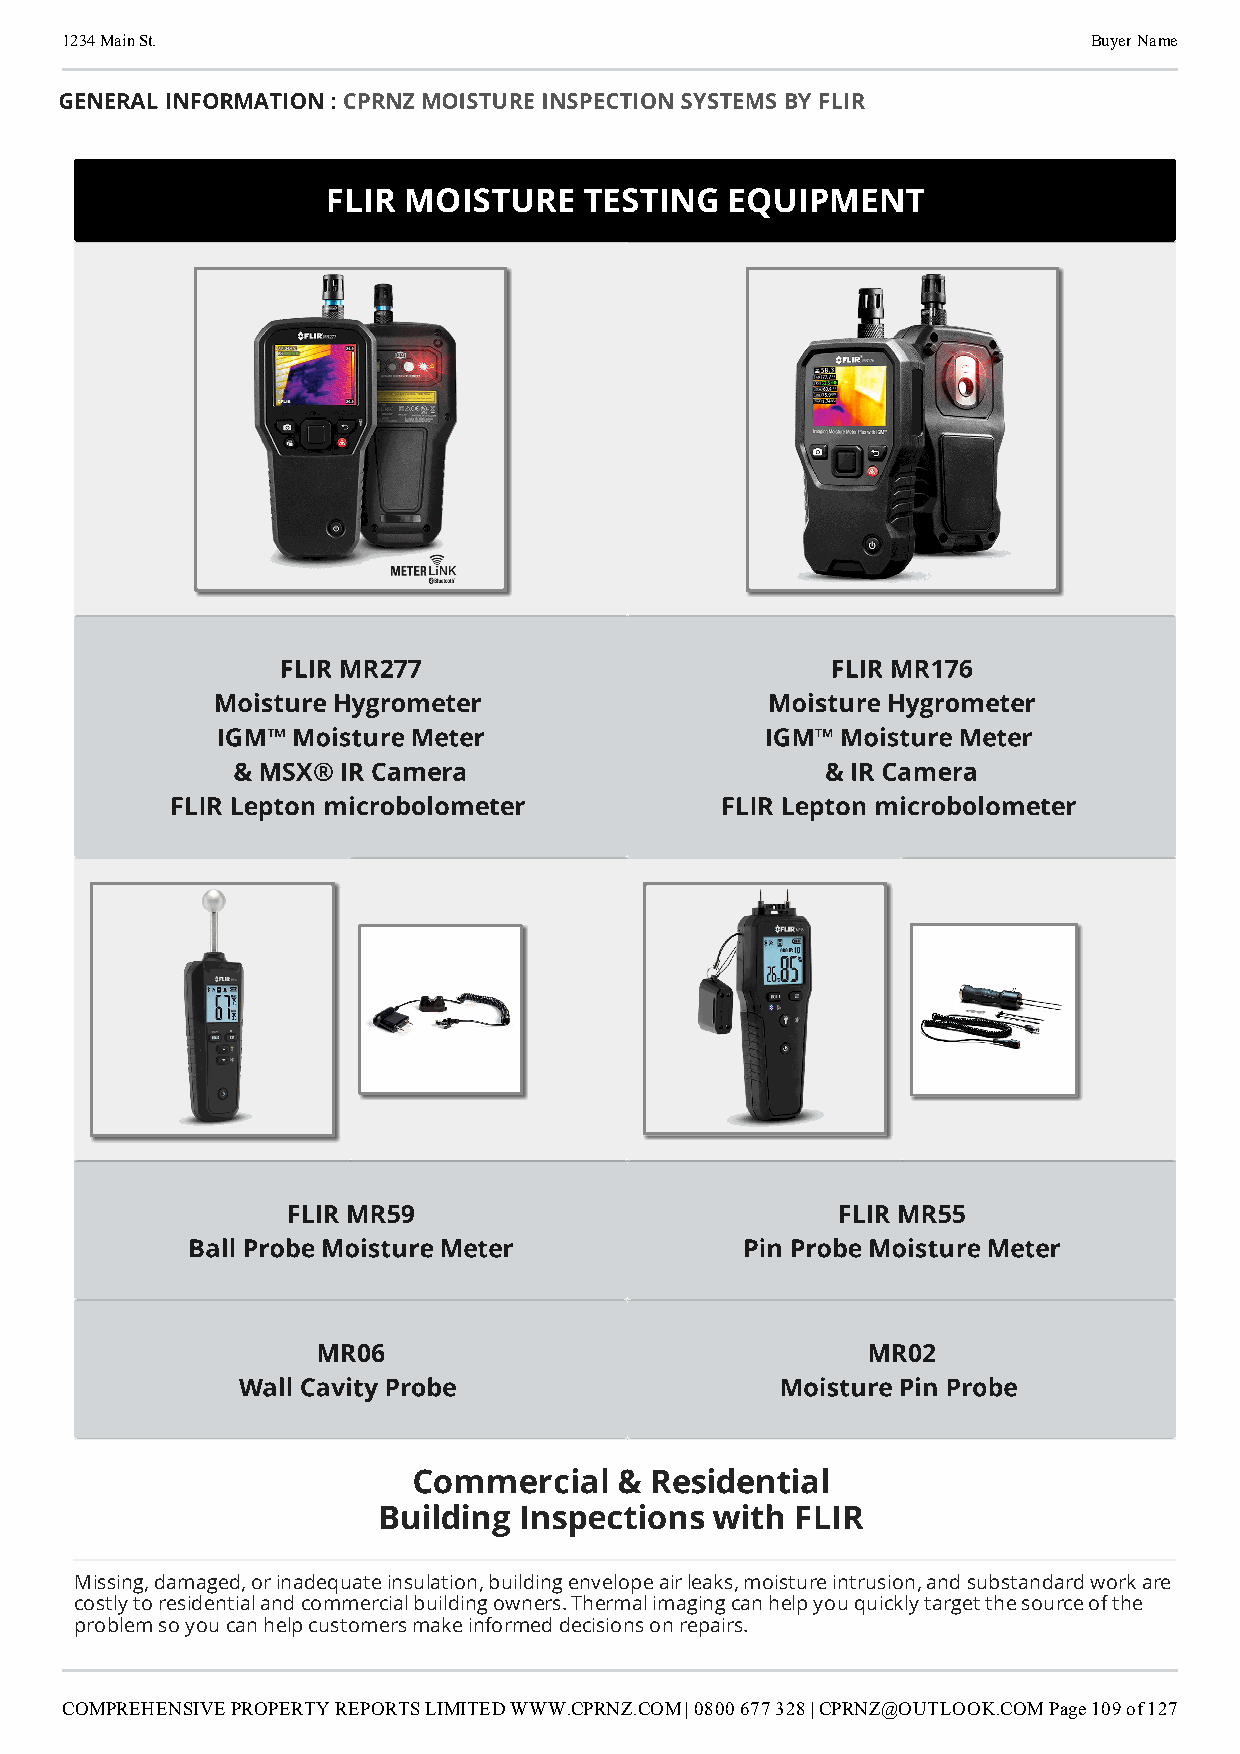
1234 Main St.                                                       Buyer Name
 GENERAL INFORMATION : CPRNZ MOISTURE INSPECTION SYSTEMS BY FLIR
 FLIR MOISTURE    TESTING  EQUIPMENT
 FLIR MR277                           FLIR MR176
 Moisture Hygrometer                  Moisture Hygrometer
 IGM™ Moisture Meter                  IGM™ Moisture Meter
 & MSX® IR Camera                        & IR Camera
 FLIR Lepton microbolometer           FLIR Lepton microbolometer
 FLIR MR59                           FLIR MR55
 Ball Probe Moisture Meter            Pin Probe Moisture Meter
 MR06                                MR02
 Wall Cavity Probe                   Moisture Pin Probe
 Commercial    & Residential
 Building Inspections  with  FLIR
 Missing, damaged, or inadequate insulation, building envelope air leaks, moisture intrusion, and substandard work are
 costly to residential and commercial building owners. Thermal imaging can help you quickly target the source of the
 problem so you can help customers make informed decisions on repairs.
 COMPREHENSIVE PROPERTY REPORTS LIMITED WWW.CPRNZ.COM | 0800 677 328 | CPRNZ@OUTLOOK.COMPage 109 of 127